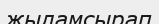
жыламсырап